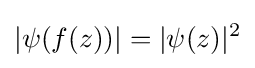
|\psi (f(z))|=|\psi (z)|^{2}